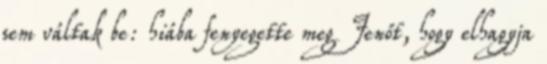
sem váltak be: hiába fenyegette meg Jenőt, hogy elhagyja